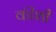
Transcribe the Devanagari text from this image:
कीशी